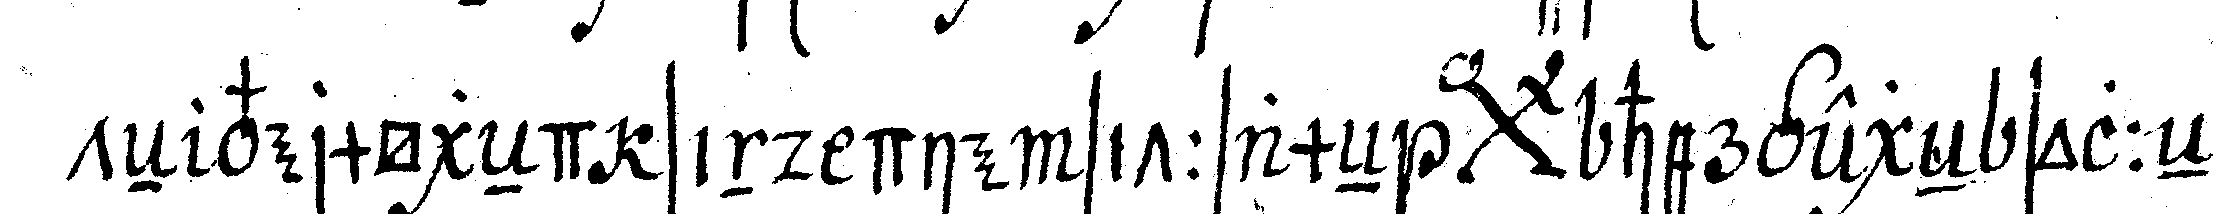
teN vermögeNd sind die sittsameN *bigx* hergegeN solleN